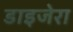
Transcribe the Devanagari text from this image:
डाइजेरा